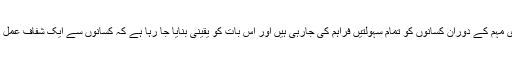
انہوں نے کہا کہ وزیر اعلی پنجاب محمد شہبازشریف کی خصوصی ہدایات کی روشنی میں گندم خریداری مہم کے دوران کسانوں کو تمام سہولتیں فراہم کی جارہی ہیں اور اس بات کو یقینی بنایا جا رہا ہے کہ کسانوں سے ایک شفاف عمل کے ذریعے گندم کی خرید کی جائے اور اس سلسلے میں کسی بھی قسم کا دبائو برداشت نہیں کیا جائیگا ۔